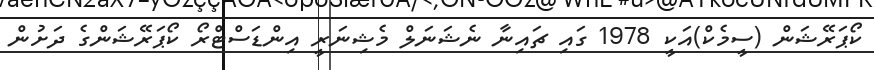
ކޯޕަރޭޝަން (ސީމެކް)އަކީ 1978 ގައި ޗައިނާ ނެޝަނަލް މެޝިނަރީ އިންޑަސްޓްރޯ ކޯޕަރޭޝަންގެ ދަށުން